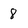
Character: 8